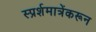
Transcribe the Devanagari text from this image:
स्प्रर्शमात्रेंकरून